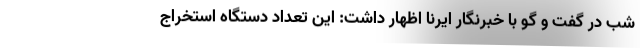
شب در گفت و گو با خبرنگار ایرنا اظهار داشت: این تعداد دستگاه استخراج